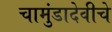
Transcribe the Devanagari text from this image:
चामुंडादेवीचे